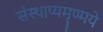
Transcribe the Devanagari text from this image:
संस्थाप्यमृण्मये